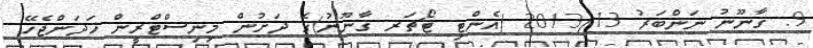
9. ޤާނޫނު ނަންބަރު 2013/13 (އެންޓި ޓޯޗަރ ޤާނޫނު)ގެ ދަށުން މިނިސްޓްރީން ހަދަންޖެހޭ